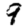
Digit: 9